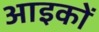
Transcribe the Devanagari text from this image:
आइकों